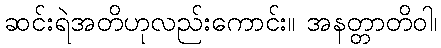
ဆင်းရဲအတိဟုလည်းကောင်း။ အနတ္တာတိဝါ၊